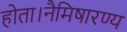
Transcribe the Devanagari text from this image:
होता।नैमिषारण्य